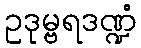
ဥဒုမ္ဗရဒဏ္ဍံ